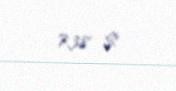
738 $